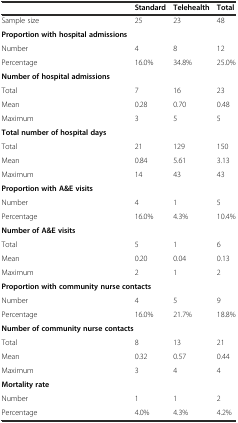
|  | Standard | Telehealth | Total |
 | --- | --- | --- | --- |
 | Sample size | 25 | 23 | 48 |
 | Proportion with hospital admissions |  |  |  |
 | Number | 4 | 8 | 12 |
 | Percentage | 16.0% | 34.8% | 25.0% |
 | <COLSPAN=2> Number of hospital admissions |  |  |
 | Total | 7 | 16 | 23 |
 | Mean | 0.28 | 0.70 | 0.48 |
 | Maximum | 3 | 5 | 5 |
 | <COLSPAN=2> Total number of hospital days |  |  |
 | Total | 21 | 129 | 150 |
 | Mean | 0.84 | 5.61 | 3.13 |
 | Maximum | 14 | 43 | 43 |
 | Proportion with A&E visits |  |  |  |
 | Number | 4 | 1 | 5 |
 | Percentage | 16.0% | 4.3% | 10.4% |
 | Number of A&E visits |  |  |  |
 | Total | 5 | 1 | 6 |
 | Mean | 0.20 | 0.04 | 0.13 |
 | Maximum | 2 | 1 | 2 |
 | <COLSPAN=2> Proportion with community nurse contacts |  |  |
 | Number | 4 | 5 | 9 |
 | Percentage | 16.0% | 21.7% | 18.8% |
 | <COLSPAN=2> Number of community nurse contacts |  |  |
 | Total | 8 | 13 | 21 |
 | Mean | 0.32 | 0.57 | 0.44 |
 | Maximum | 3 | 4 | 4 |
 | Mortality rate |  |  |  |
 | Number | 1 | 1 | 2 |
 | Percentage | 4.0% | 4.3% | 4.2% |